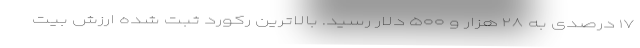
۱۷ درصدی به ۲۸ هزار و ۵۰۰ دلار رسید. بالاترین رکورد ثبت شده ارزش بیت